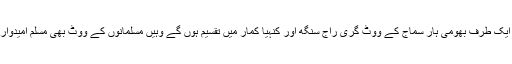
یہ نہایت دلچسپ صورتحال ہے جہاں ایک طرف بھومی ہار سماج کے ووٹ گری راج سنگھ اور کنہیا کمار میں تقسیم ہوں گے وہیں مسلمانوں کے ووٹ بھی مسلم امیدوار اور کنہیا کمار میں تقسیم ہوجائے گا۔